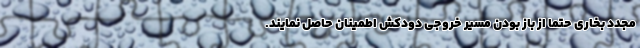
مجدد بخاری حتماً از باز بودن مسیر خروجی دودکش اطمینان حاصل نمایند.